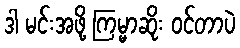
ဒါ မင်းအဖို့ ကြမ္မာဆိုး ဝင်တာပဲ